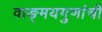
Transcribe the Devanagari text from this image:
वाङ्‌मयगुणांची